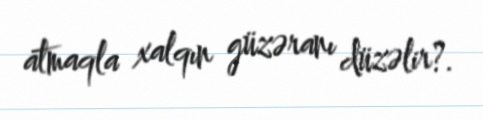
atmaqla xalqın güzəranı düzəlir?.